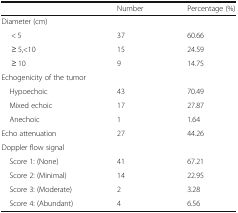
<table><thead><tr><td></td><td><b>Number</b></td><td><b>Percentage (%)</b></td></tr></thead><tbody><tr><td colspan="3">Diameter (cm)</td></tr><tr><td>&lt; 5</td><td>37</td><td>60.66</td></tr><tr><td>≥ 5,&lt;10</td><td>15</td><td>24.59</td></tr><tr><td>≥ 10</td><td>9</td><td>14.75</td></tr><tr><td colspan="3">Echogenicity of the tumor</td></tr><tr><td> Hypoechoic</td><td>43</td><td>70.49</td></tr><tr><td> Mixed echoic</td><td>17</td><td>27.87</td></tr><tr><td> Anechoic</td><td>1</td><td>1.64</td></tr><tr><td>Echo attenuation</td><td>27</td><td>44.26</td></tr><tr><td colspan="3">Doppler flow signal</td></tr><tr><td> Score 1: (None)</td><td>41</td><td>67.21</td></tr><tr><td> Score 2: (Minimal)</td><td>14</td><td>22.95</td></tr><tr><td> Score 3: (Moderate)</td><td>2</td><td>3.28</td></tr><tr><td> Score 4: (Abundant)</td><td>4</td><td>6.56</td></tr></tbody></table>